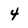
Character: 4